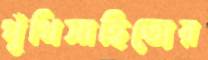
পুঁথিসাহিত্যের